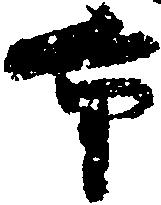
重